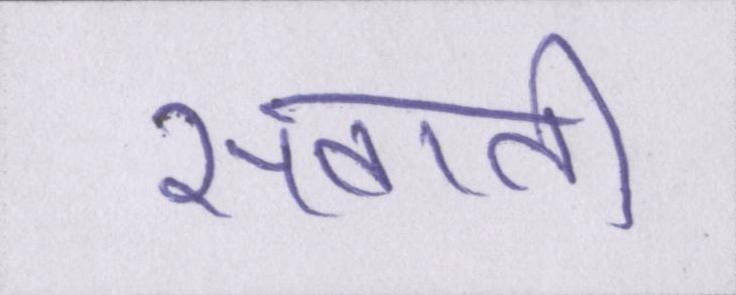
सवानी